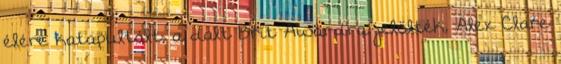
élére katapultált, a dalt Brit Awardra jelölték, Alex Clare